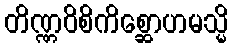
တိဏ္ဏဝိစိကိစ္ဆောဟမသ္မိ